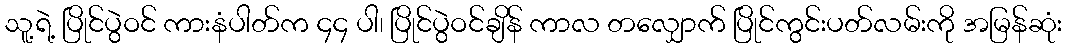
သူ့ရဲ့ ပြိုင်ပွဲဝင် ကားနံပါတ်က ၄၄ ပါ၊ ပြိုင်ပွဲဝင်ချိန် ကာလ တလျှောက် ပြိုင်ကွင်းပတ်လမ်းကို အမြန်ဆုံး